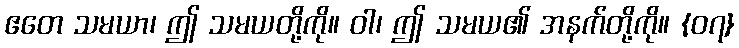
ဧတေ သမယာ၊ ဤ သမယတို့ကို။ ဝါ၊ ဤ သမယ၏ အနက်တို့ကို။ {၀၇}